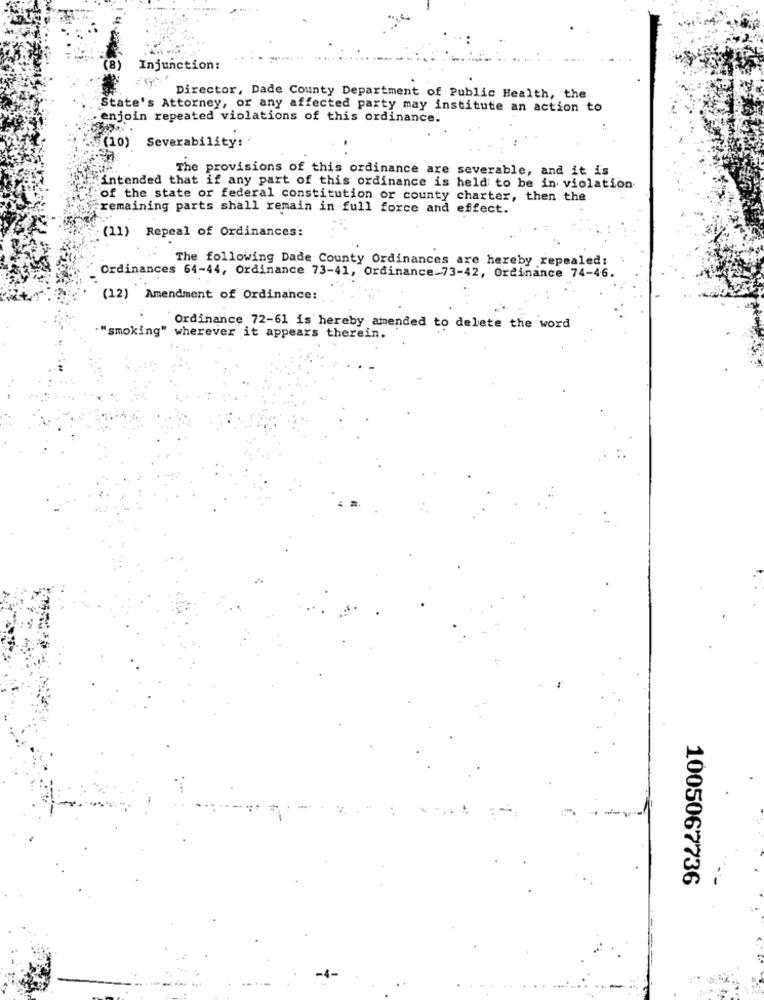
(8)
Injunction:
Director, Dade County Department of Public Health, the
State's Attorney, or any affected party may institute an action to
. enjoin repeated violations of this ordinance.
Severability:'
(10)
The provisions of this ordinance are severable, and it is
intended that if any part of this ordinance is held to be in violation.
of the state or federal constitution or county charter, then the
remaining parts shall remain in full force and effect.
(11) Repeal of Ordinances:
The following Dade County Ordinances are hereby repealed:
Ordinances 64-44, Ordinance 73-41, Ordinance-73-42, Ordinance 74-46.
(12) Amendment of Ordinance:
Ordinance 72-61 is hereby amended to delete the word
"smoking" wherever it appears therein.
1005067736